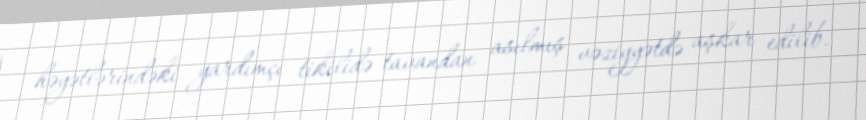
həyətlərindəki yardımçı tikilidə tavandan asılmış vəziyyətdə aşkar edilib.